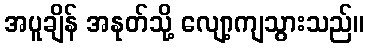
အပူချိန် အနုတ်သို့ လျော့ကျသွားသည်။